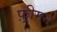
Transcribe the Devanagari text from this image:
फ़्रीमन